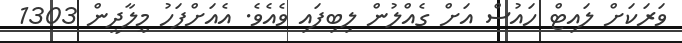
ވަރަކަށް ލައިޓް ހައުސް އަށް ގެއްލުން ލިބިފައި ވެއެވެ. އެއަށްފަހު މީލާދީން 1303